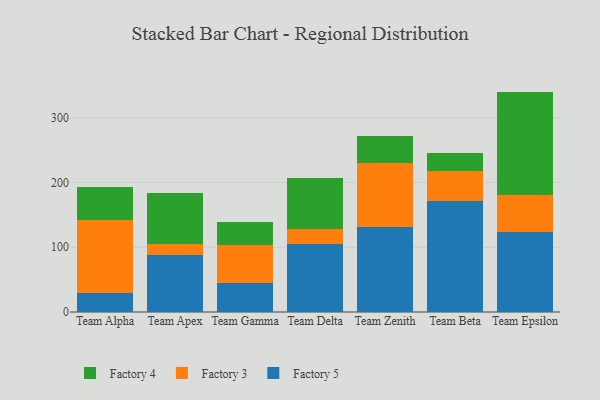
{"axis": {"x": "Team", "y": "Revenue (USD Million)"}, "legend": ["Factory 3", "Factory 4", "Factory 5"], "data": [{"x": "Team Alpha", "y": 29.2, "type": "Factory 5"}, {"x": "Team Alpha", "y": 112.4, "type": "Factory 3"}, {"x": "Team Alpha", "y": 51.1, "type": "Factory 4"}, {"x": "Team Apex", "y": 87.6, "type": "Factory 5"}, {"x": "Team Apex", "y": 16.7, "type": "Factory 3"}, {"x": "Team Apex", "y": 80.1, "type": "Factory 4"}, {"x": "Team Gamma", "y": 45.5, "type": "Factory 5"}, {"x": "Team Gamma", "y": 57.9, "type": "Factory 3"}, {"x": "Team Gamma", "y": 35.3, "type": "Factory 4"}, {"x": "Team Delta", "y": 104.5, "type": "Factory 5"}, {"x": "Team Delta", "y": 23.6, "type": "Factory 3"}, {"x": "Team Delta", "y": 78.8, "type": "Factory 4"}, {"x": "Team Zenith", "y": 131.7, "type": "Factory 5"}, {"x": "Team Zenith", "y": 97.9, "type": "Factory 3"}, {"x": "Team Zenith", "y": 42.0, "type": "Factory 4"}, {"x": "Team Beta", "y": 171.9, "type": "Factory 5"}, {"x": "Team Beta", "y": 45.6, "type": "Factory 3"}, {"x": "Team Beta", "y": 28.5, "type": "Factory 4"}, {"x": "Team Epsilon", "y": 122.8, "type": "Factory 5"}, {"x": "Team Epsilon", "y": 57.5, "type": "Factory 3"}, {"x": "Team Epsilon", "y": 159.9, "type": "Factory 4"}]}